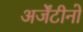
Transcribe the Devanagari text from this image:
अर्जेंटीनो